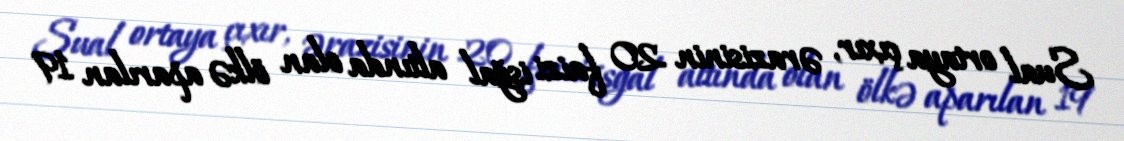
Sual ortaya çıxır, ərazisinin 20 faizi işğal altında olan ölkə aparılan 19